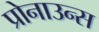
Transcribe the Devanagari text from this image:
प्रोनाउन्स